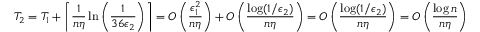
T _ { 2 } = T _ { 1 } + \left\lceil \frac { 1 } { n \eta } \ln \left( \frac { 1 } { 3 6 \epsilon _ { 2 } } \right) \right\rceil = O \left( \frac { \epsilon _ { 1 } ^ { 2 } } { n \eta } \right) + O \left( \frac { \log ( 1 / \epsilon _ { 2 } ) } { n \eta } \right) = O \left( \frac { \log ( 1 / \epsilon _ { 2 } ) } { n \eta } \right) = O \left( \frac { \log n } { n \eta } \right)